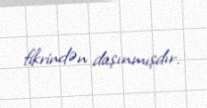
fikrindən daşınmışdır.